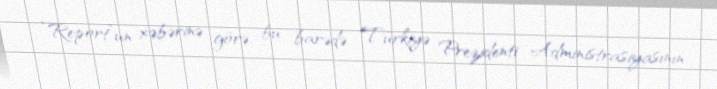
“Report”un xəbərinə görə, bu barədə Türkiyə Prezidenti Administrasiyasının